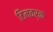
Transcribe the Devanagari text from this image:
टिमवर्क